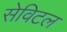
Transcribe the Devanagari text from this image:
सेविटल